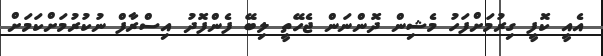
އެއީ ކޮފީ ގިރުމަށްފަހު މެޝިން ދޮންނަން ޖެހޭތީ ލިބޭ ފެންފޮދު އިސްރާފް ނުކުރުމަށްކަމަށް